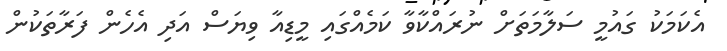
އެކަމަކު ގައުމީ ސަލާމަތަށް ނުރައްކާވާ ކަމެއްގައި މީޑިއާ ވިޔަސް އަދި އެހެން ފަރާތަކުން